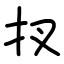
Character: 扠